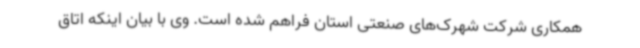
همکاری شرکت شهرک‌های صنعتی استان فراهم شده است. وی با بیان اینکه اتاق